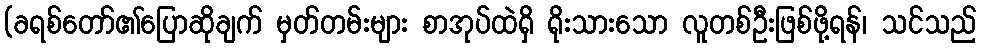
(ခရစ်တော်၏ပြောဆိုချက် မှတ်တမ်းများ စာအုပ်ထဲရှိ ရိုးသားသော လူတစ်ဦးဖြစ်ဖို့ရန်၊ သင်သည်